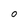
Character: 0